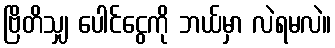
ဗြိတိသျှ ပေါင်ငွေကို ဘယ်မှာ လဲရမလဲ။